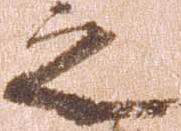
之